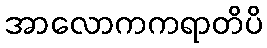
အာလောကကရာတိပိ